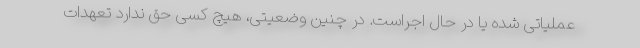
عملیاتی شده یا در حال اجراست. در چنین وضعیتی، هیچ کسی حق ندارد تعهدات